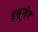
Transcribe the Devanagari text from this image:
इस़्नेर